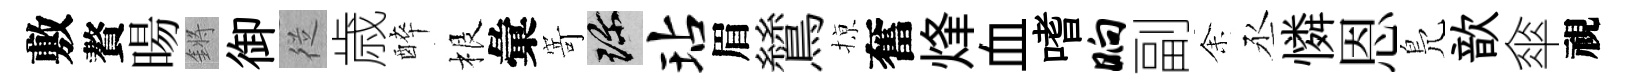
敷贅暘鏘御従歳醉根彙𭔃珍玷眉鷥𢱊奮烽血嗜晌副𪜬丞憐恩鳬歆傘視